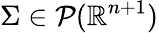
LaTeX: \Sigma\in{\mathcal{P}}(\mathbb{R}^{n+1})